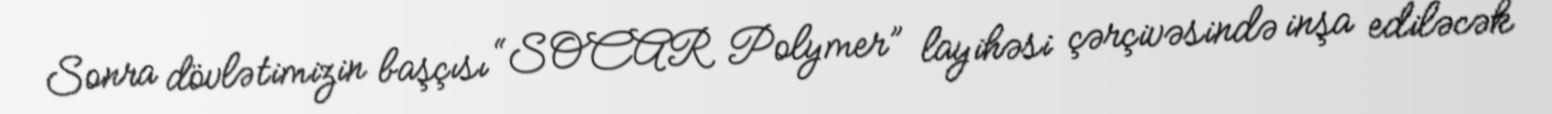
Sonra dövlətimizin başçısı “SOCAR Polymer” layihəsi çərçivəsində inşa ediləcək